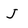
Character: J